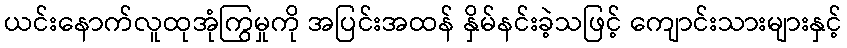
ယင်းနောက်လူထုအုံကြွမှုကို အပြင်းအထန် နှိမ်နင်းခဲ့သဖြင့် ကျောင်းသားများနှင့်